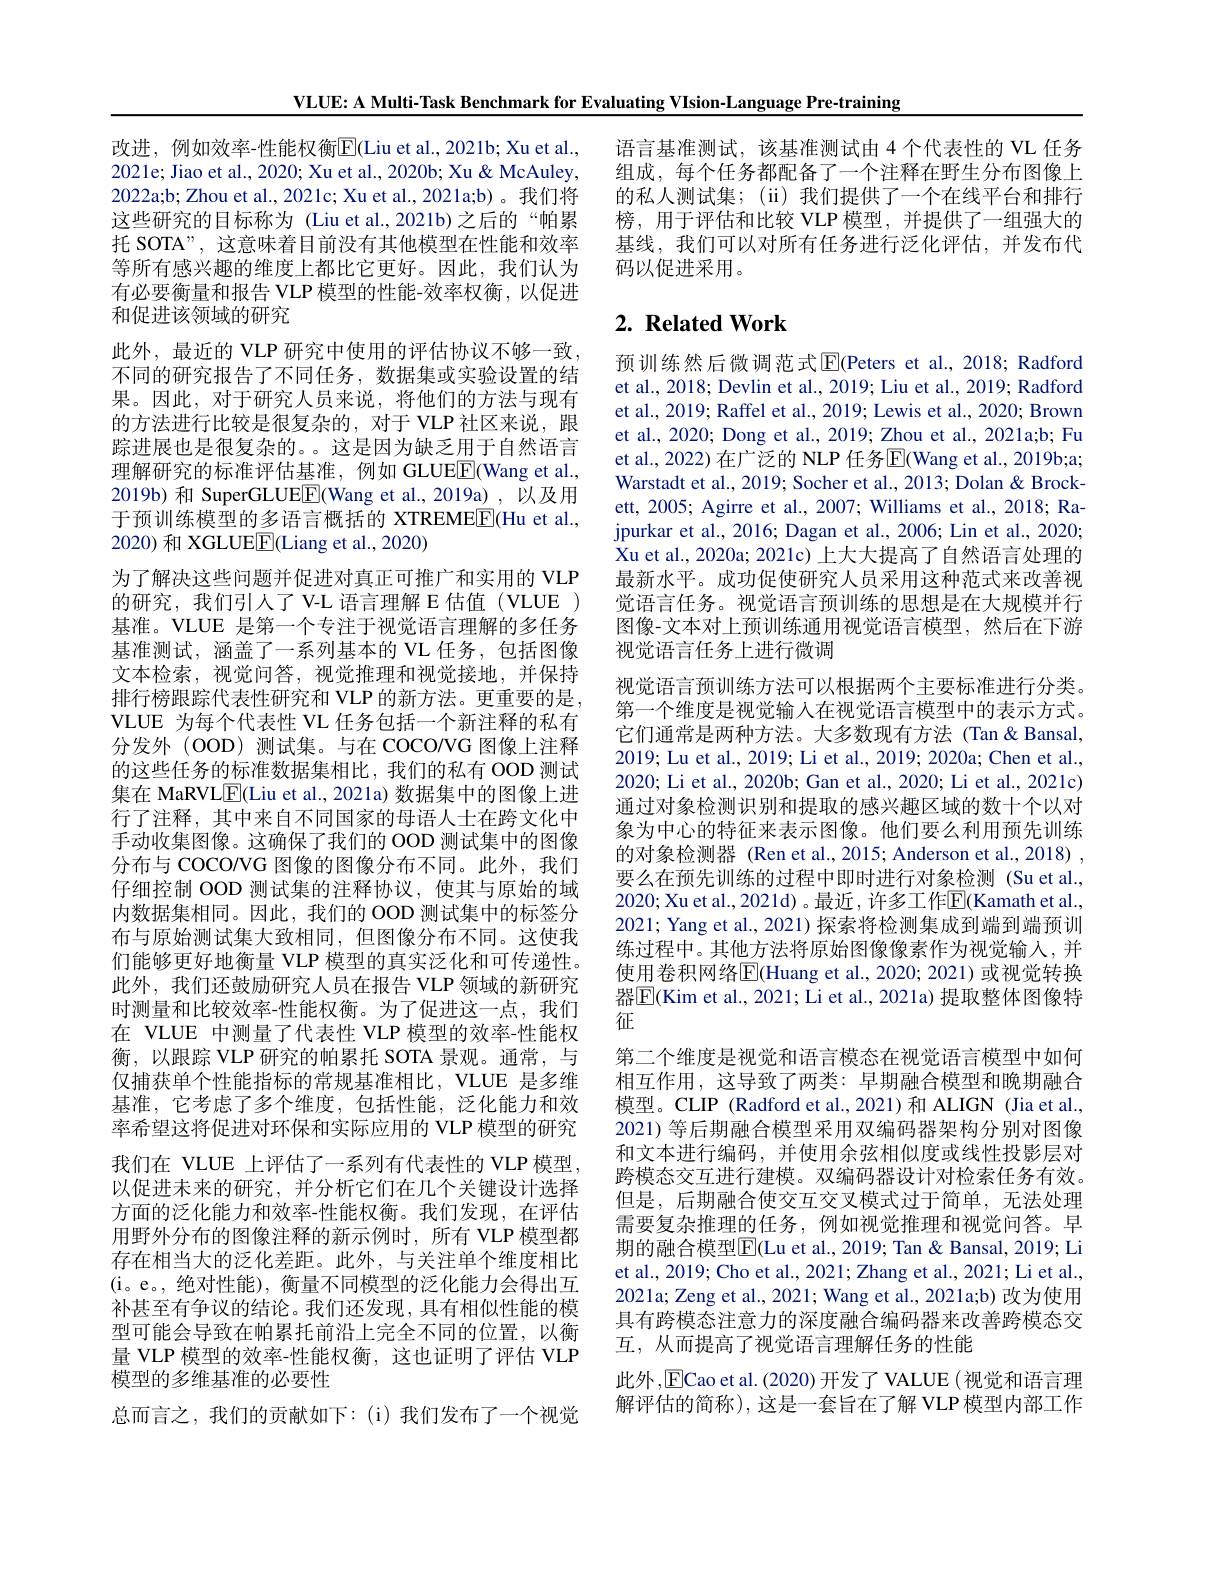
VLUE: A Multi-Task Benchmark for Evaluating VIsion-Language Pre-training

改进，例如效率-性能权衡$\overline{\mathrm{F}}($Liu et al.,2021b; Xu et al., 2021e; Jiao et al., 2020; Xu et al., 2020b; Xu & McAuley, 2022a;b; Zhou et al., 2021c; Xu et al., 2021a;b) 。我们将这些研究的目标称为 (Liu et al.,2021b)之后的“帕累托 SOTA”, 这意味着目前没有其他模型在性能和效率等所有感兴趣的维度上都比它更好。因此，我们认为有必要衡量和报告 VLP 模型的性能-效率权衡，以促进和促进该领域的研究
此外，最近的 VLP 研究中使用的评估协议不够一致， 不同的研究报告了不同任务，数据集或实验设置的结果。因此，对于研究人员来说，将他们的方法与现有的方法进行比较是很复杂的，对于 VLP 社区来说，跟踪进展也是很复杂的。。这是因为缺乏用于自然语言理解研究的标准评估基准，例如 GLUEE(Wang et al., 2019b) 和 SuperGLUE$\boxed{\mathrm{F}}($Wang et al.,2019a),以及用于预训练模型的多语言概括的 XTREMEE(Hu et al., 2020) 和 XGLUE$\underline{\mathrm{E}}($Liang et al., 2020)
为了解决这些问题并促进对真正可推广和实用的 VLP 的研究，我们引人了 V-L 语言理解 E 估值 (VLUE ) 基准。VLUE 是第一个专注于视觉语言理解的多任务基准测试，涵盖了一系列基本的 VL 任务，包括图像文本检索，视觉问答，视觉推理和视觉接地，并保持排行榜跟踪代表性研究和 VLP 的新方法。更重要的是VLUE 为每个代表性 VL 任务包括一个新注释的私有分发外(OOD)测试集。与在 COCO/VG 图像上注释的这些任务的标准数据集相比，我们的私有 OOD 测试集在 MaRVL$\underline{\mathrm{F}}($Liu et al., 2021a) 数据集中的图像上进行了注释，其中来自不同国家的母语人士在跨文化中手动收集图像。这确保了我们的 OOD 测试集中的图像分布与 COCO/VG 图像的图像分布不同。此外，我们仔细控制 OOD 测试集的注释协议，使其与原始的域内数据集相同。因此，我们的 OOD 测试集中的标签分布与原始测试集大致相同，但图像分布不同。这使我们能够更好地衡量 VLP 模型的真实泛化和可传递性。此外，我们还鼓励研究人员在报告 VLP 领域的新研究时测量和比较效率-性能权衡。为了促进这一点，我们在 VLUE 中测量了代表性 VLP 模型的效率-性能权衡，以跟踪 VLP 研究的帕累托 SOTA 景观。通常，与仅捕获单个性能指标的常规基准相比，VLUE 是多维基准，它考虑了多个维度，包括性能，泛化能力和效率希望这将促进对环保和实际应用的 VLP 模型的研究我们在 VLUE 上评估了一系列有代表性的 VLP 模型， 以促进未来的研究，并分析它们在几个关键设计选择方面的泛化能力和效率-性能权衡。我们发现，在评估用野外分布的图像注释的新示例时，所有 VLP 模型都存在相当大的泛化差距。此外，与关注单个维度相比(i。e。,绝对性能), 衡量不同模型的泛化能力会得出互补甚至有争议的结论。我们还发现，具有相似性能的模型可能会导致在帕累托前沿上完全不同的位置，以衡量 VLP 模型的效率-性能权衡，这也证明了评估 VLP 模型的多维基准的必要性
总而言之，我们的贡献如下：(i)我们发布了一个视觉

语言基准测试，该基准测试由 4 个代表性的 VL 任务组成，每个任务都配备了一个注释在野生分布图像上的私人测试集；(ii)我们提供了一个在线平台和排行榜，用于评估和比较 VLP 模型，并提供了一组强大的基线，我们可以对所有任务进行泛化评估，并发布代码以促进采用。

# $2. \textbf{Related Work}$

预训练然后微调范式$\operatorname{E}$(Peters et al.,2018; Radford et al., 2018; Devlin et al., 2019; Liu et al., 2019; Radford et al., 2019; Raffel et al., 2019; Lewis et al., 2020; Brown et al., 2020; Dong et al., 2019; Zhou et al., 2021a;b; Fu et al., 2022) 在广泛的 NLP 任务E(Wang et al., 2019b;a; Warstadt et al., 2019; Socher et al., 2013; Dolan & Brockett, 2005; Agirre et al., 2007; Williams et al., 2018; Rajpurkar et al., 2016; Dagan et al., 2006; Lin et al., 2020; Xu et al., 2020a; 2021c) 上大大提高了自然语言处理的最新水平。成功促使研究人员采用这种范式来改善视觉语言任务。视觉语言预训练的思想是在大规模并行图像-文本对上预训练通用视觉语言模型，然后在下游视觉语言任务上进行微调

视觉语言预训练方法可以根据两个主要标准进行分类。第一个维度是视觉输入在视觉语言模型中的表示方式。它们通常是两种方法。大多数现有方法(Tan&Bansal, 2019; Lu et al., 2019; Li et al., 2019; 2020a; Chen et al., 2020; Li et al., 2020b; Gan et al., 2020; Li et al., 2021c) 通过对象检测识别和提取的感兴趣区域的数十个以对象为中心的特征来表示图像。他们要么利用预先训练的对象检测器 (Ren et al., 2015; Anderson et al., 2018) , 要么在预先训练的过程中即时进行对象检测(Su et al., 2020; Xu et al., 2021d) 。最近，许多工作$\overline{\mathrm{E}}($Kamath et al... 2021; Yang et al., 2021) 探索将检测集成到端到端预训练过程中。其他方法将原始图像像素作为视觉输人，并使用卷积网络$\overline{\mathrm{E}}($Huang et al.,2020;2021)或视觉转换器$\overline{\mathrm{E}}$(Kim et al., 2021; Li et al., 2021a) 提取整体图像特征
第二个维度是视觉和语言模态在视觉语言模型中如何相互作用，这导致了两类：早期融合模型和晚期融合模型。CLIP (Radford et al.,2021)和 ALIGN (Jia et al., 2021) 等后期融合模型采用双编码器架构分别对图像和文本进行编码，并使用余弦相似度或线性投影层对跨模态交互进行建模。双编码器设计对检索任务有效。但是，后期融合使交互交叉模式过于简单，无法处理需要复杂推理的任务，例如视觉推理和视觉问答。早期的融合模型$\boxed{\mathrm{F}}($Lu et al., 2019; Tan & Bansal, 2019; Li et al., 2019; Cho et al., 2021; Zhang et al., 2021; Li et al., 2021a; Zeng et al., 2021; Wang et al., 2021a;b) 改为使用具有跨模态注意力的深度融合编码器来改善跨模态交互，从而提高了视觉语言理解任务的性能
此外，$\operatorname{E}$Cao et al.(2020)开发了 VALUE (视觉和语言理解评估的简称),这是一套旨在了解 VLP 模型内部工作